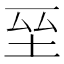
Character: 𭎆